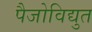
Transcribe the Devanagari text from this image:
पैजोविद्युत